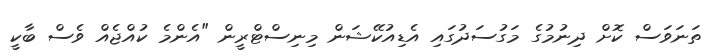
ތަނަވަސް ކޮށް ދިނުމުގެ މަގުސަދުގައި އެޑިއުކޭޝަން މިނިސްޓްރީން "އެންމެ ކުއްޖެއް ވެސް ބާކީ